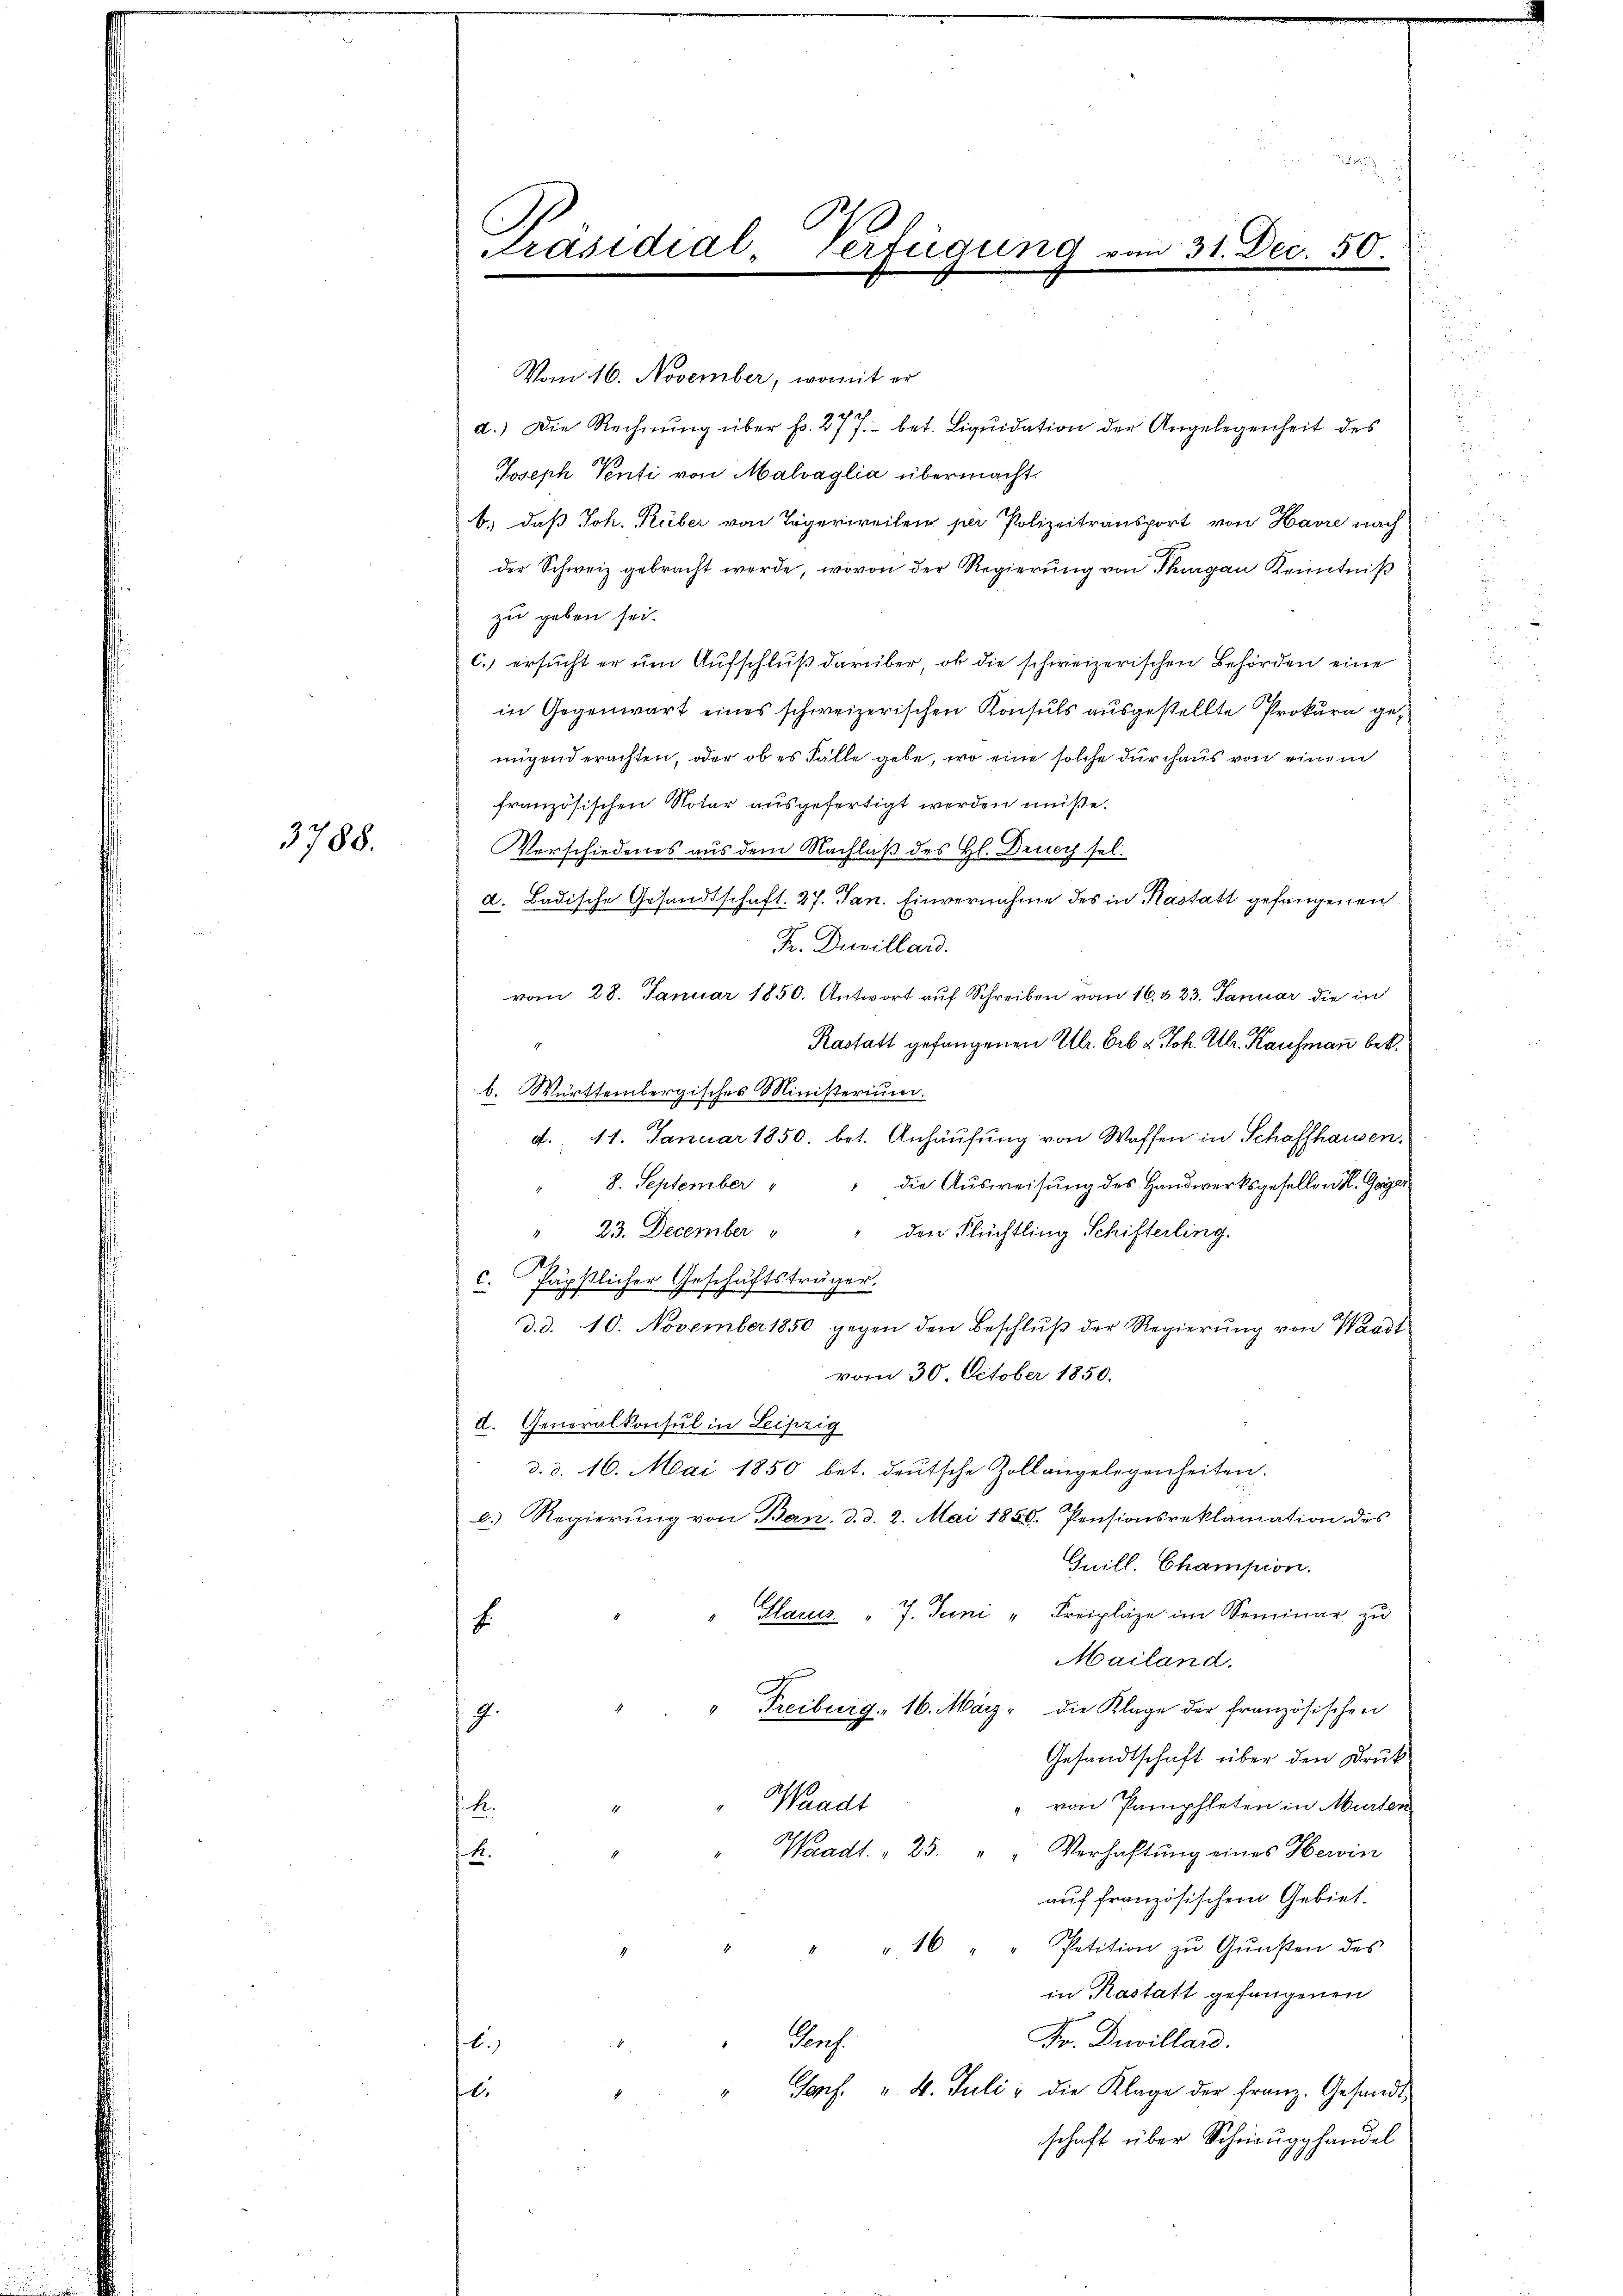
3788.

Vom 16. November, womit er
d.) Die Rechnung über fr. 277.- bet. Liquidation der Angelegenheit des
Joseph Venti von Malvaglia übermacht.
b., daß Joh. Ruber von Tägerweilen per Polizeitransport von Havre nach
der Schweiz gebracht werde, wovon der Regierung von Thurgau, Kenntniß
zu geben sei.
C. ersucht er um Aufschluß darüber, ob die schweizerischen Behörden eine
in Gegenwart eines schweizerischen Konsuls ausgestellte Prokura genügend erachten, oder ob es Fälle gebe, wo eine solche durchaus von einem
französischen Notar ausgefertigt werden müße.
Verschiedenes aus dem Nachlaß des Hl. Druch sel.
d. Badische Gesandtschaft. 27. Jan. Einvernahme des in Kastatt gefangenen
F. Devillard.
vom 28. Januar 1850. Antwort auf Schreiben vom 16. & 23. Januar die in
Kastatt gefangenen Ulr. Erb u. Joh. Ulr. Kaufmann bek.
b. Württembergisches Ministerium.
d. 11. Januar 1850. bet. Anhäufung von Waffen in Schaffhausen,
8. September
" die Ausweisung des Handwerksgesellen K. Geiger.
.
" 23. December
" den Flüchtling Schifterling.
c. Päpstlicher Geschäftsträger.
d. d. 10. November 1850 gegen den Beschlŭβ der Regierŭng von Waadt
vom 30. October 1850.
I. Generalkonsul in Leipzig
d. d. 16. Mai 1850 bet. deutsche Zollangelegenheiten.
e.) Regierung von Ban. d. d. 2. Mai 1850. Pensionsreklamation des
Guill. Champion.
" Glarus " 7. Juni " Freipläze im Seminar zu
8
Mailand.
" Freiburg. 16. März die Klage der französischen
7.
Gesandtschaft über den Druk
Waadt
von Pamphleten in Murten
E.
Waadt. " 25. " " Verhaftŭng eines Herin
2.
auf französischem Gebiet.
" " 16 Petition zŭ Gŭnsten des
in Kastatt gefangenen
Fr. Duvillard.
Prof.
.
Jos. " 4. Juli, die Klage der Franz. Gesandt¬
.

schaft über Schwrugghandel
15

Präsidial-Verfügung an

n 31. Dec. 50